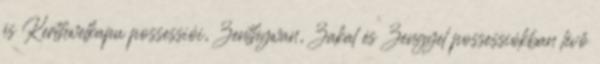
és Kerthwelkapu possessiói, Zenthywan, Zakal és Zengyel possessiókban lévő